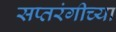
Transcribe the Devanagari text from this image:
सप्तरंगीच्या